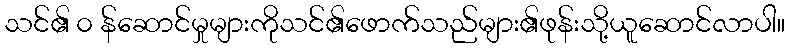
သင်၏ ၀ န်ဆောင်မှုများကိုသင်၏ဖောက်သည်များ၏ဖုန်းသို့ယူဆောင်လာပါ။